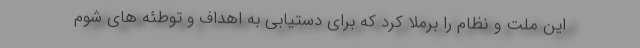
این ملت و نظام را برملا کرد که برای دستیابی به اهداف و توطئه های شوم